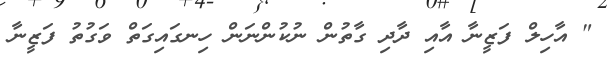
" އާހިލް ފަޒީނާ އާއި ދާދި ގާތުން ނުކުންނަން ހިނގައިގަތް ވަގުތު ފަޒީނާ